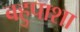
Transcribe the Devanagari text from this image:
बहुपाशा